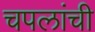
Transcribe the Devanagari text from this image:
चपलांची